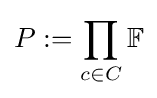
P:=\prod _{c\in C}\mathbb {F}